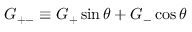
G _ { + - } \equiv G _ { + } \sin \theta + G _ { - } \cos \theta